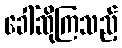
ခေါ်ဆိုကြသည့်